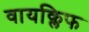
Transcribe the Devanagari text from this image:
वायक्लिफ